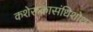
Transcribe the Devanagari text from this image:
कशेरूकासंधिशोथ